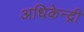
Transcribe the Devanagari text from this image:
अधिकेन्द्री